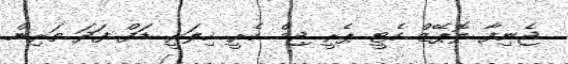
ޖެނިފާ ލޮޕޭޒް ކެޓީ ޕެރީ ޖިމް ކެރީ ހިލަރީ ޑަފް ފަދަ ތަރިން